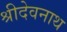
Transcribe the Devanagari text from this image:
श्रीदेवनाथ